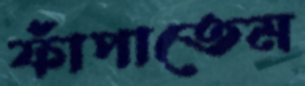
ফাঁপাতেম